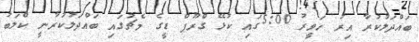
ބައްދަލުކުރާ އިރު ހަވީރު 5:00ގައި ކުޅޭ ގްރޫޕް ޑީގެ މެޗުގައި ބައްދަލުކުރާނީ ކްލަބު